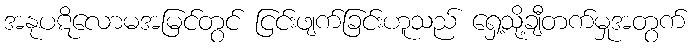
အနုပဋိလောမအမြင်တွင် ငြင်းဖျက်ခြင်းဟူသည် ရှေ့သို့ချီတက်မှုအတွက်